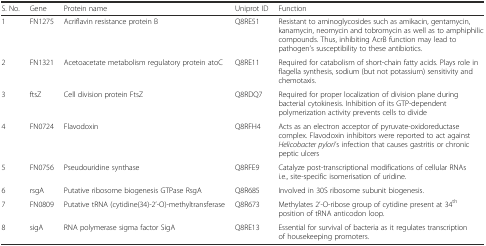
<table><thead><tr><td><b>S. No.</b></td><td><b>Gene</b></td><td><b>Protein name</b></td><td><b>Uniprot ID</b></td><td><b>Function</b></td></tr></thead><tbody><tr><td>1</td><td>FN1275</td><td>Acriflavin resistance protein B</td><td>Q8RE51</td><td>Resistant to aminoglycosides such as amikacin, gentamycin, kanamycin, neomycin and tobromycin as well as to amphiphilic compounds. Thus, inhibiting AcrB function may lead to pathogen’s susceptibility to these antibiotics.</td></tr><tr><td>2</td><td>FN1321</td><td>Acetoacetate metabolism regulatory protein atoC</td><td>Q8RE11</td><td>Required for catabolism of short-chain fatty acids. Plays role in flagella synthesis, sodium (but not potassium) sensitivity and chemotaxis.</td></tr><tr><td>3</td><td>ftsZ</td><td>Cell division protein FtsZ</td><td>Q8RDQ7</td><td>Required for proper localization of division plane during bacterial cytokinesis. Inhibition of its GTP-dependent polymerization activity prevents cells to divide</td></tr><tr><td>4</td><td>FN0724</td><td>Flavodoxin</td><td>Q8RFH4</td><td>Acts as an electron acceptor of pyruvate-oxidoreductase complex. Flavodoxin inhibitors were reported to act against <i>Helicobacter pylori</i>’s infection that causes gastritis or chronic peptic ulcers</td></tr><tr><td>5</td><td>FN0756</td><td>Pseudouridine synthase</td><td>Q8RFE9</td><td>Catalyze post-transcriptional modifications of cellular RNAs i.e., site-specific isomerisation of uridine.</td></tr><tr><td>6</td><td>rsgA</td><td>Putative ribosome biogenesis GTPase RsgA</td><td>Q8R685</td><td>Involved in 30S ribosome subunit biogenesis.</td></tr><tr><td>7</td><td>FN0809</td><td>Putative tRNA (cytidine(34)-2’-O)-methyltransferase</td><td>Q8R673</td><td>Methylates 2’-O-ribose group of cytidine present at 34<sup>th</sup>position of tRNA anticodon loop.</td></tr><tr><td>8</td><td>sigA</td><td>RNA polymerase sigma factor SigA</td><td>Q8RE13</td><td>Essential for survival of bacteria as it regulates transcription of housekeeping promoters.</td></tr></tbody></table>